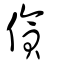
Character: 僋